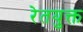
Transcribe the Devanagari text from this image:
रेतयुक्त